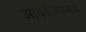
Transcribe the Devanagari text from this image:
आयबेरियन्सचे